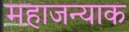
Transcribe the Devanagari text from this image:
महाजन्याक